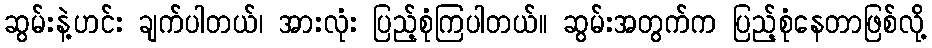
ဆွမ်းနဲ့ဟင်း ချက်ပါတယ်၊ အားလုံး ပြည့်စုံကြပါတယ်။ ဆွမ်းအတွက်က ပြည့်စုံနေတာဖြစ်လို့